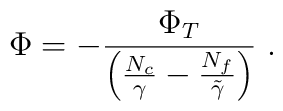
\Phi=-\frac{\Phi_T}{\left(\frac{N_c}{\gamma} - \frac{N_f}{\tilde{\gamma}}\right)} \ .